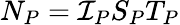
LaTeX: N_{P}=\mathcal{I}_{P}S_{P}T_{P}